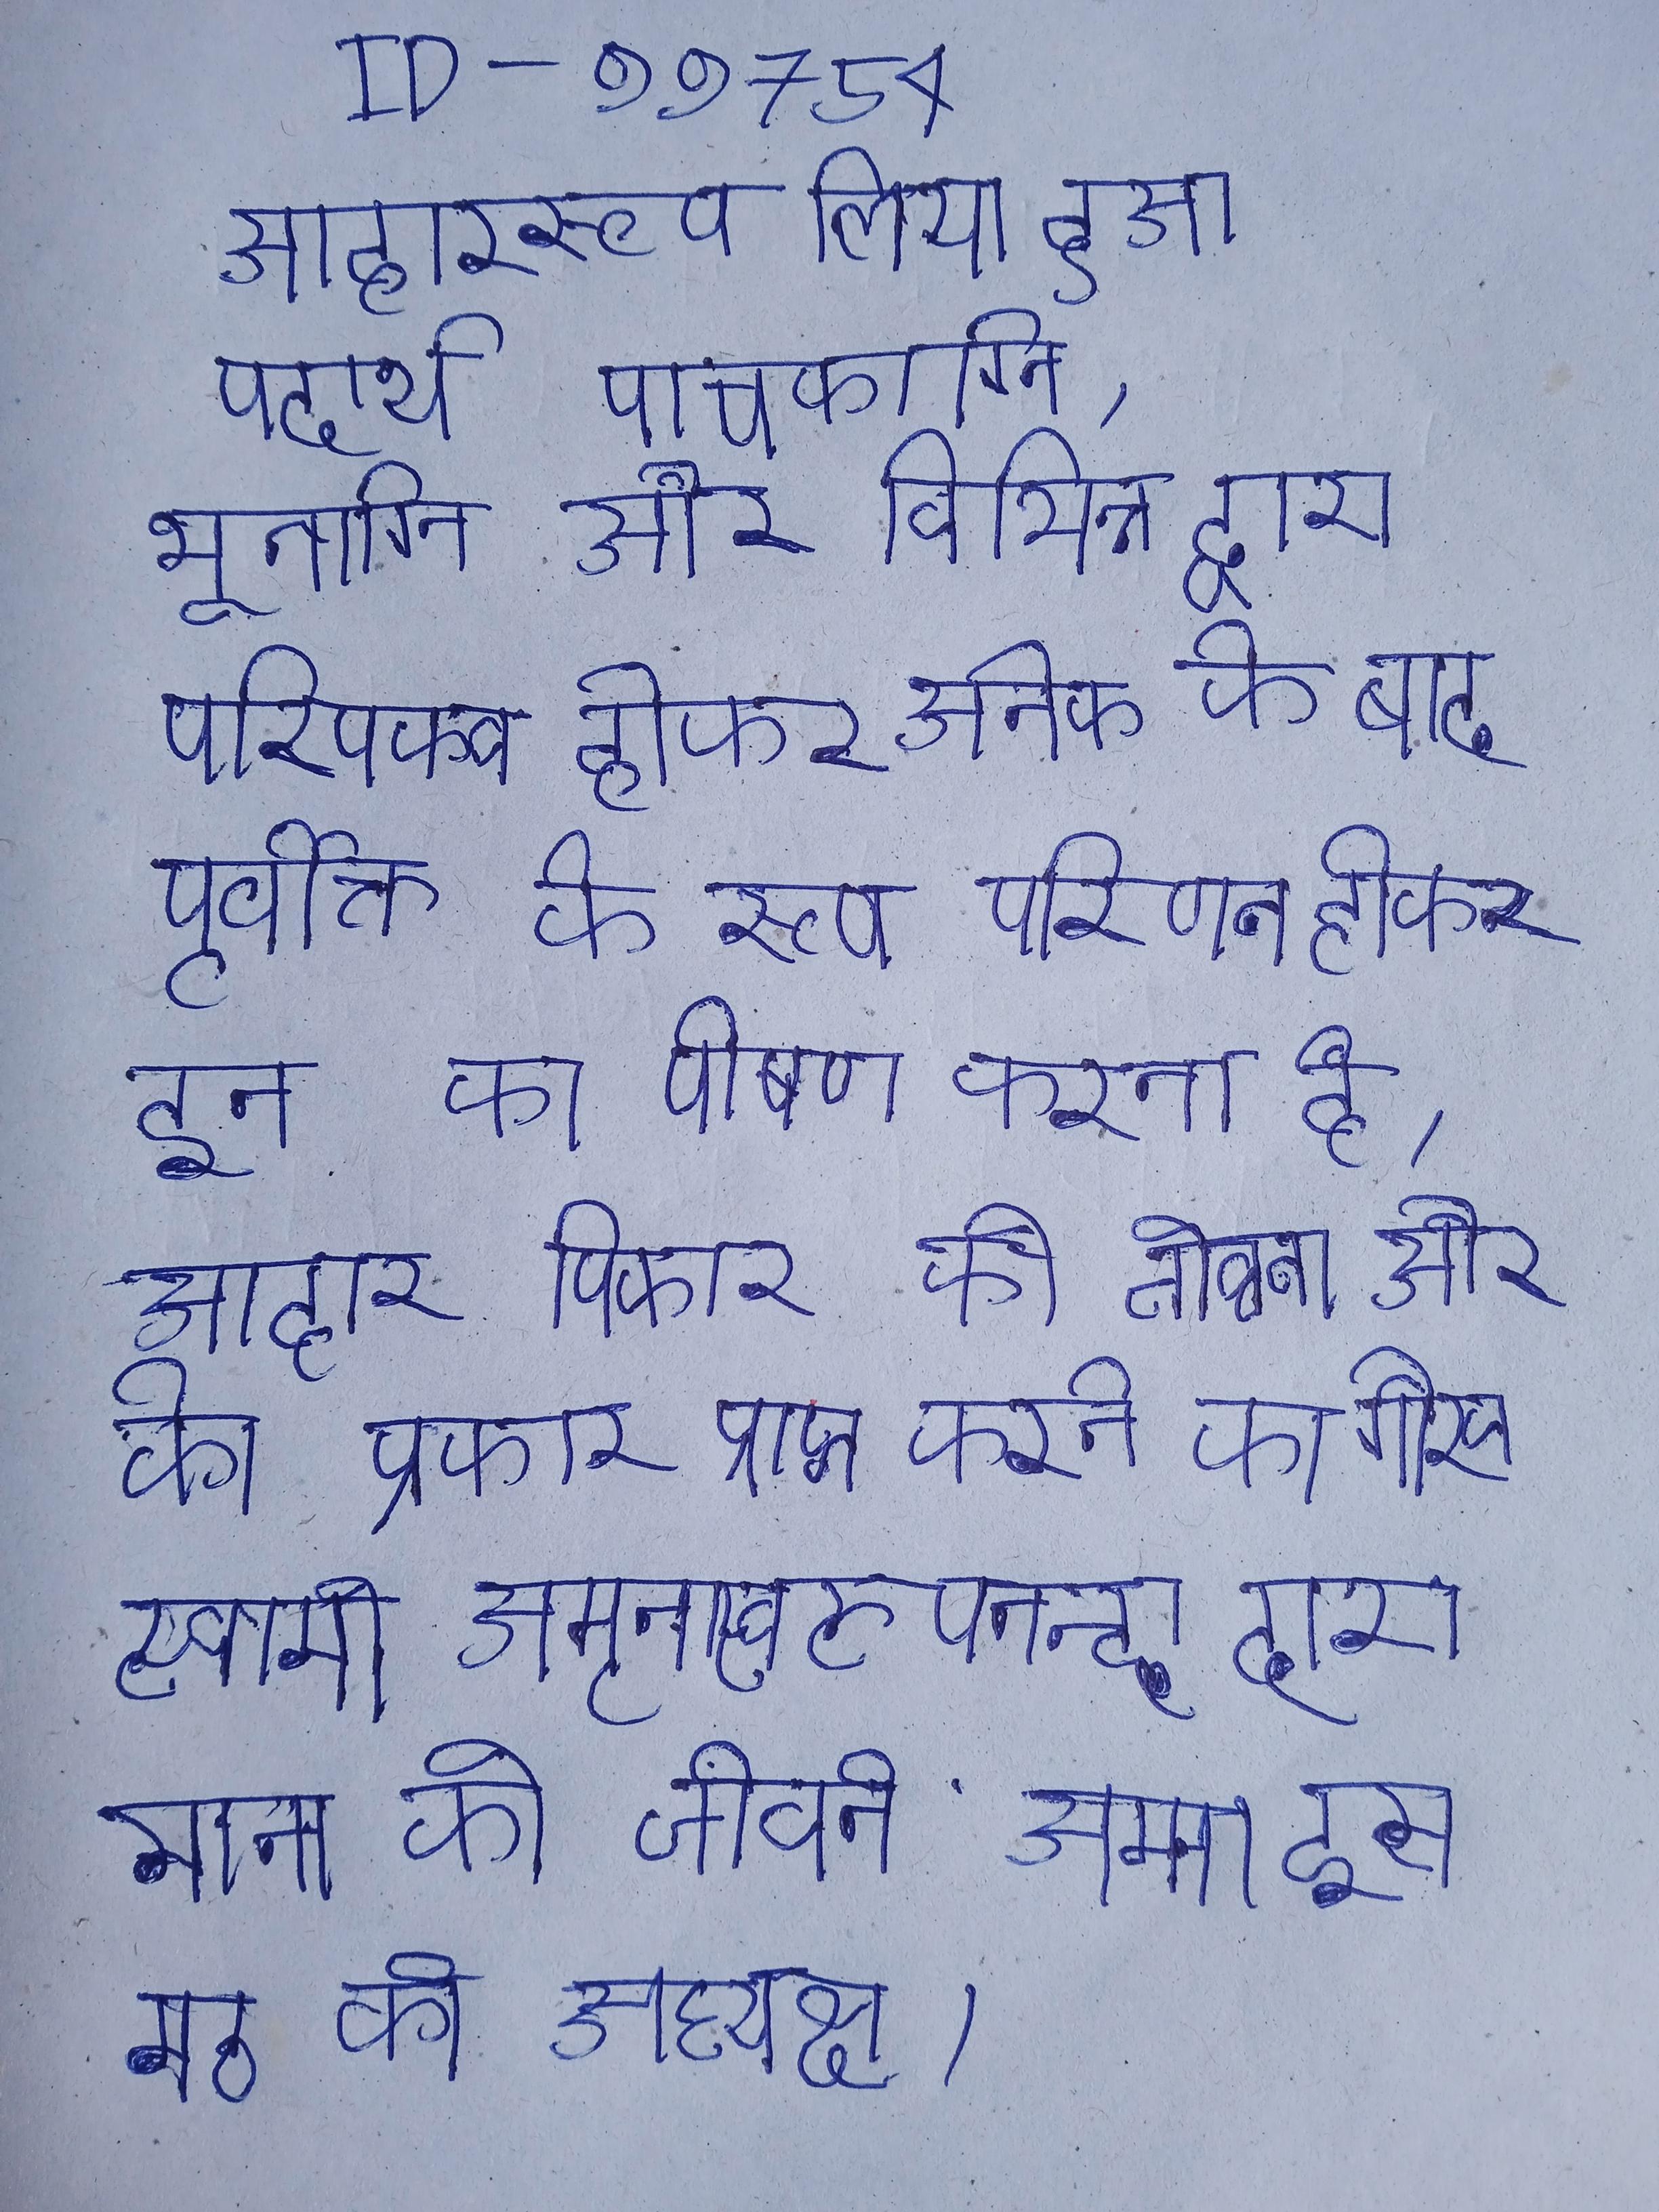
३५ वर्ष की यौवनावस्था ही स्वेच्छा ब्रह्मचर्य व्रत धारण करनेवाली अधोरकामिनी राय के सुपुत्र डाक्टर राय आजीवन अविवाहित रहे । ३५ वर्ष तक की आयु की इस की सफलता की औसत दर ३७ प्रतिशत देखी गई है । ३५ साल की उम्र हेनरी ने कहा कि वह एक किशोर के पिता को चित्रित करने के लिए बहुत छोटे थे, लेकिन यह जानने के बाद कि उनकी भूमिका माइल्स मोरालिस - एकमात्र काले तथा लातीनी स्पाइडर-मैन के पिता की है, वह इसे निभाने को हो गए ।